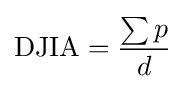
{\text{DJIA}}={\sum p \over d}